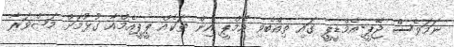
ނަމަވެސް ޖޭޕީ-އެމްޑީޕީ ގައި ތިއްބެވި އެމްޕީ އިން ތަކެއް ޕީޕީއެމްއާ ގުޅުމަށް މަޝްވަރާ